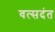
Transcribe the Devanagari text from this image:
वत्सदंत